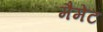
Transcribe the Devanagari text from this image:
मैमेट